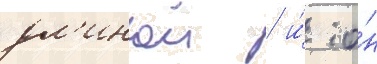
дл'инои / и́ о́н